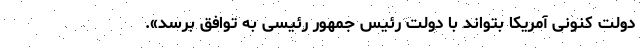
دولت کنونی آمریکا بتواند با دولت رئیس جمهور رئیسی به توافق برسد».